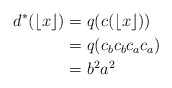
\begin{align*}d^*(\lfloor x \rfloor)&= q(c(\lfloor x \rfloor)) \\&= q(c_bc_bc_ac_a) \\&= b^2a^2\end{align*}